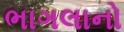
ભાગલાનો